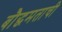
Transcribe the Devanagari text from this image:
बौद्धमताची